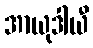
အာယုဒါယီ